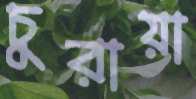
চুরায়া